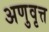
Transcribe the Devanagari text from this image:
अणुवृत्त